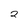
Character: 2